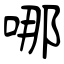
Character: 哪